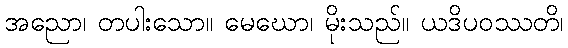
အညော၊ တပါးသော။ မေဃော၊ မိုးသည်။ ယဒိပဝဿတိ၊